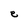
Character: e